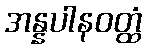
အန္နပါနဝတ္ထံ